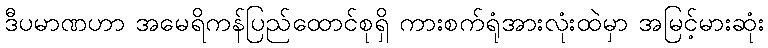
ဒီပမာဏဟာ အမေရိကန်ပြည်ထောင်စုရှိ ကားစက်ရုံအားလုံးထဲမှာ အမြင့်မားဆုံး